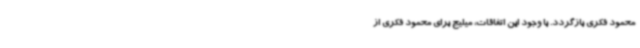
محمود فکری بازگردد. با وجود این اتفاقات، میلیج برای محمود فکری از